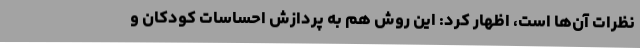
نظرات آن‌ها است، اظهار کرد: این روش هم به پردازش احساسات کودکان و